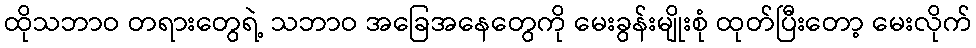
ထိုသဘာဝ တရားတွေရဲ့ သဘာဝ အခြေအနေတွေကို မေးခွန်းမျိုးစုံ ထုတ်ပြီးတော့ မေးလိုက်